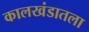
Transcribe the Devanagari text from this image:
कालखंडातला